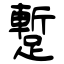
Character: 蹔